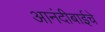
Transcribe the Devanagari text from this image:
आनंदीबाईचे